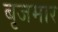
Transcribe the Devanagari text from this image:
बृजमार